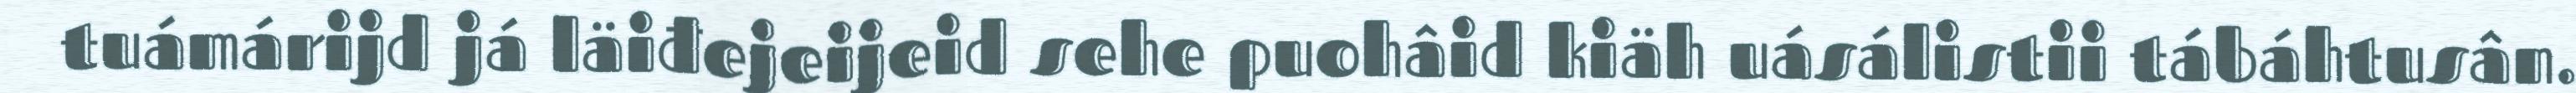
tuámárijd já läiđejeijeid sehe puohâid kiäh uásálistii tábáhtusân.